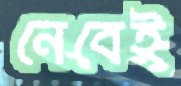
নেবেই